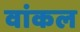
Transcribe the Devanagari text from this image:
वांकल